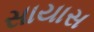
સાયાસ